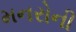
મનરોની